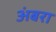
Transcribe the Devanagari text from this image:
अंबरा